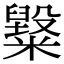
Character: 𥽂